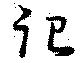
很